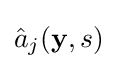
{\hat {a}}_{j}({\bf {y}},s)